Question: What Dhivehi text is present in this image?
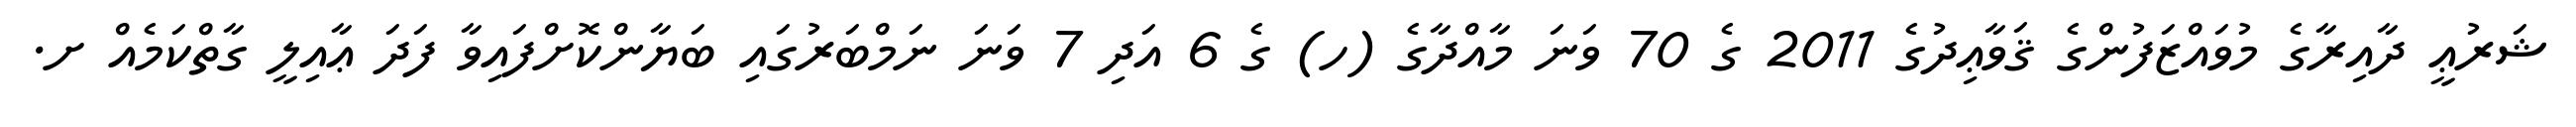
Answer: ޝަރުޢީ ދާއިރާގެ މުވައްޒަފުންގެ ޤަވާޢިދުގެ 2011 ގެ 70 ވަނަ މާއްދާގެ (ހ) ގެ 6 އަދި 7 ވަނަ ނަމްބަރުގައި ބަޔާންކޮށްފައިވާ ފަދަ ޢާއިލީ ގާތްކަމެއް ށ.